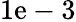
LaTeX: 1\mathrm{e}-3